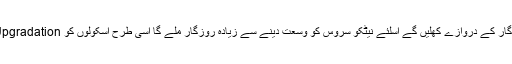
اگر استوری عوام متحد اور متفق ہوکر منتخب نمائندوں سے اجتماعی کام کی ڈیمانڈ کریں تو سب کیلئے روزگار کے دروازے کھلیں گے اسلئے نیٹکو سروس کو وسعت دینے سے زیادہ روزگار ملے گا اسی طرح اسکولوں کو Upgradationکرنے سے زیادہ اسامیان پیدا ہونگی اور بجلی کے بڑے پراجیکٹس کے قیام سے زیادہ نوکریاں پیدا ہونگی۔